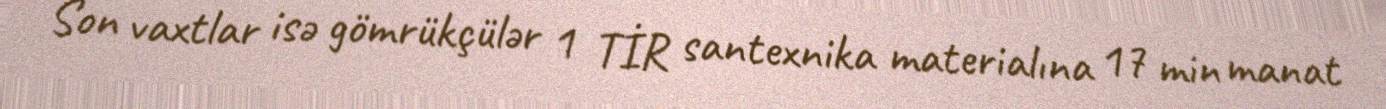
Son vaxtlar isə gömrükçülər 1 TİR santexnika materialına 17 min manat